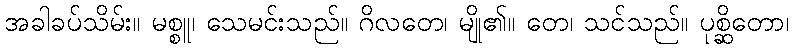
အခါခပ်သိမ်း။ မစ္စူ၊ သေမင်းသည်။ ဂိလတေ၊ မျို၏။ တေ၊ သင်သည်။ ပုစ္ဆိတော၊